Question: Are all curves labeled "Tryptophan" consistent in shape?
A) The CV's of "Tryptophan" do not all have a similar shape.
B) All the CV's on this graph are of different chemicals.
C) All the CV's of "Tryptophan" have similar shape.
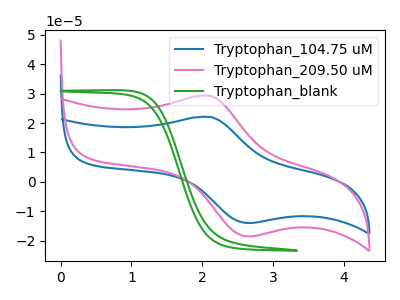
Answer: <think>The blue curve "Tryptophan_104.75 uM" has an anodic peak at (2.10V, 22.05uA) and a cathodic peak at (2.65V, -14.00uA). The pink curve "Tryptophan_209.50 uM" has an anodic peak at (2.10V, 29.25uA) and a cathodic peak at (2.65V, -18.55uA). The green curve "Tryptophan_blank" has no peaks.
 All the peaks in "Tryptophan_104.75 uM" have a peak in "Tryptophan_209.50 uM" at the same potential. Every peak in "Tryptophan_104.75 uM" is lower than every peak in "Tryptophan_209.50 uM". "Tryptophan_104.75 uM" and "Tryptophan_blank" have a different number of peaks. "Tryptophan_209.50 uM" and "Tryptophan_blank" have a different number of peaks.</think>
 <answer>C) All the CV's of "Tryptophan" have similar shape.</answer>
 <eval>C</eval>